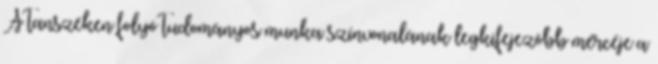
A tanszéken folyó tudományos munka színvonalának legkifejezôbb mércéje a